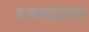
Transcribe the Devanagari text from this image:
हतगडाचा